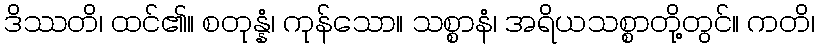
ဒိဿတိ၊ ထင်၏။ စတုန္နံ၊ ကုန်သော။ သစ္စာနံ၊ အရိယသစ္စာတို့တွင်။ ကတိ၊